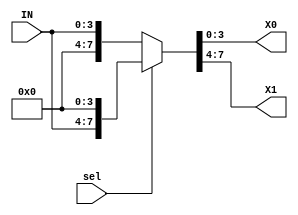
module demux_n
	#(	parameter		DATA_WIDTH = 4)
	(	input		wire	sel,
		input		wire	[DATA_WIDTH-1:0]	IN,
		output	wire	[DATA_WIDTH-1:0]	X0,
		output	wire	[DATA_WIDTH-1:0]	X1
	);
	
	assign	{X1,X0}		=	sel ?	{IN,{DATA_WIDTH{1'b0}}}		:	{{DATA_WIDTH{1'b0}},IN};
	
endmodule